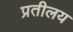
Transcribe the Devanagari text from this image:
प्रतीलय